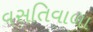
વસતિવાળા